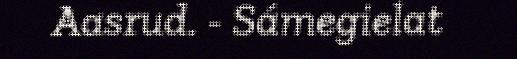
Aasrud. - Sámegielat